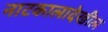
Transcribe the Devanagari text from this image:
नाटकालादेखील